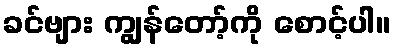
ခင်ဗျား ကျွန်တော့်ကို စောင့်ပါ။